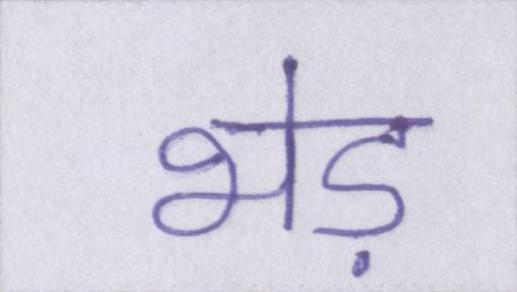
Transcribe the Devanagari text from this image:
भेड़